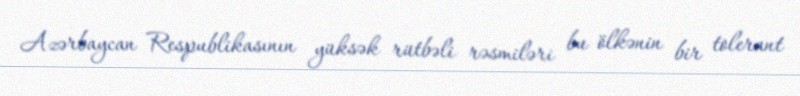
Azərbaycan Respublikasının yüksək rütbəli rəsmiləri bu ölkənin bir tolerant